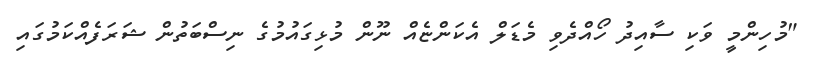
"މުހިންމީ ވަކި ސާއިދު ހޯއްދެވި މެޑަލް އެކަންޏެއް ނޫން މުޅިގައުމުގެ ނިސްބަތުން ޝަރަފެއްކަމުގައި